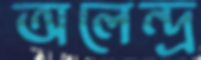
অলেন্দ্র